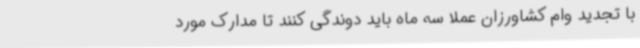
با تجدید وام کشاورزان عملاً سه ماه باید دوندگی کنند تا مدارک مورد